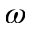
\omega